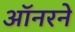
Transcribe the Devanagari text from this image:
ऑनरने